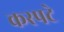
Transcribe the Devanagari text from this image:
कस्पटे